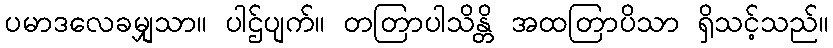
ပမာဒလေခမျှသာ။ ပါဌ်ပျက်။ တတြာပါသိန္တိ အထတြာပိသာ ရှိသင့်သည်။